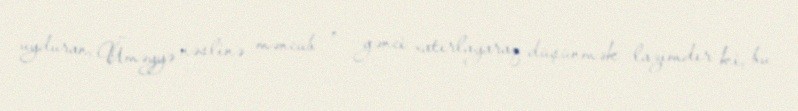
uyduran, Üməyyə nəslinə məncub o gənci xatırlayaraq düşünmək lazımdır ki, bu